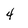
Character: 4